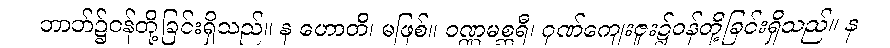
ဘာဘ်၌ဝန်တို့ခြင်းရှိသည်။ န ဟောတိ၊ မဖြစ်။ ဝဏ္ဏမစ္ဆရီ၊ ဂုဏ်ကျေးဇူး၌ဝန်တို့ခြင်းရှိသည်။ န